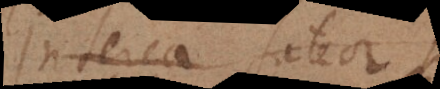
Interea fateor